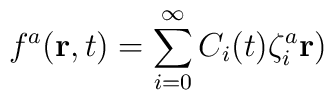
f^a ({\bf r}, t)=\sum\limits_{i=0}^{\infty}C_i(t)\zeta^a_i{\bf r})